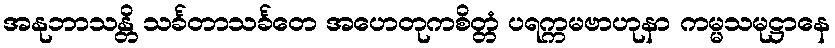
အနုဘာသန္တိ သင်္ခတာသင်္ခတေ အဟေတုကစိတ္တံ ပရက္ကမဗာဟုနာ ကမ္မသမုဋ္ဌာနေ